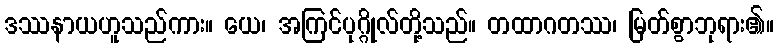
ဒဿနာယဟူသည်ကား။ ယေ၊ အကြင်ပုဂ္ဂိုလ်တို့သည်။ တထာဂတဿ၊ မြတ်စွာဘုရား၏။